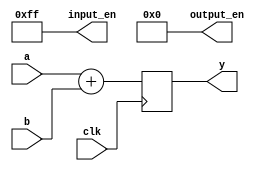
module fourbit_adder (
`ifdef USE_POWER_PINS
    inout vccd1, // User area 1 1.8V supply
    inout vssd1, // User area 1 digital ground
`endif
    input  [3:0] a,
    input  [3:0] b,
    output [3:0] y,
    output [7:0] input_en,
    output [3:0] output_en,
    input clk
);
    reg y;
    always @(posedge clk) begin
        y <= a + b;
    end
    assign input_en = 8'hff;
    assign output_en = 4'b0;
endmodule